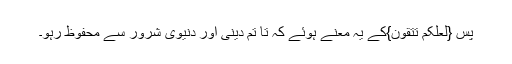
پس {لَعَلَّکُمْ تَتَّقُوْنَ}کے یہ معنے ہوئے کہ تا تم دینی اور دنیوی شرور سے محفوظ رہو۔